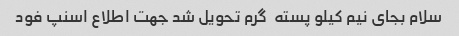
سلام بجای نیم کیلو پسته  گرم تحویل شد جهت اطلاع اسنپ فود